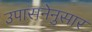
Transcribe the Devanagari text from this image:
उपासनेनुसार